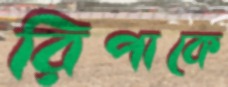
রিপাকে